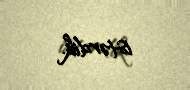
istərdik.